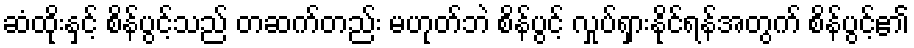
ဆံထိုးနှင့် စိန်ပွင့်သည် တဆက်တည်း မဟုတ်ဘဲ စိန်ပွင့် လှုပ်ရှားနိုင်ရန်အတွက် စိန်ပွင့်၏